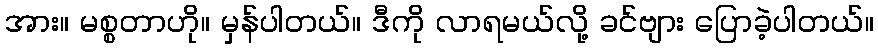
အား။ မစ္စတာဟို။ မှန်ပါတယ်။ ဒီကို လာရမယ်လို့ ခင်ဗျား ပြောခဲ့ပါတယ်။